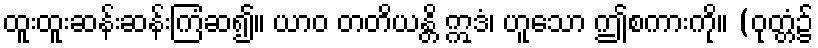
ထူးထူးဆန်းဆန်းကြံဆ၍။ ယာဝ တတိယန္တိ ဣဒံ၊ ဟူသော ဤစကားကို။ (ဝုတ္တံ၌